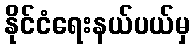
နိုင်ငံရေးနယ်ပယ်မှ